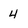
Character: 4